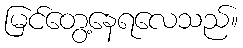
မြင်တွေ့နေရလေသည်။